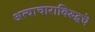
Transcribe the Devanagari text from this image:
अत्याचाराविरुद्धचे